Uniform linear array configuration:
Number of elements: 12
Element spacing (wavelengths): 0.75
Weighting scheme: uniform
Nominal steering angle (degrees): -60
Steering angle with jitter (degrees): -59.533
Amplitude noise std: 0.05
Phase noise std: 0.05

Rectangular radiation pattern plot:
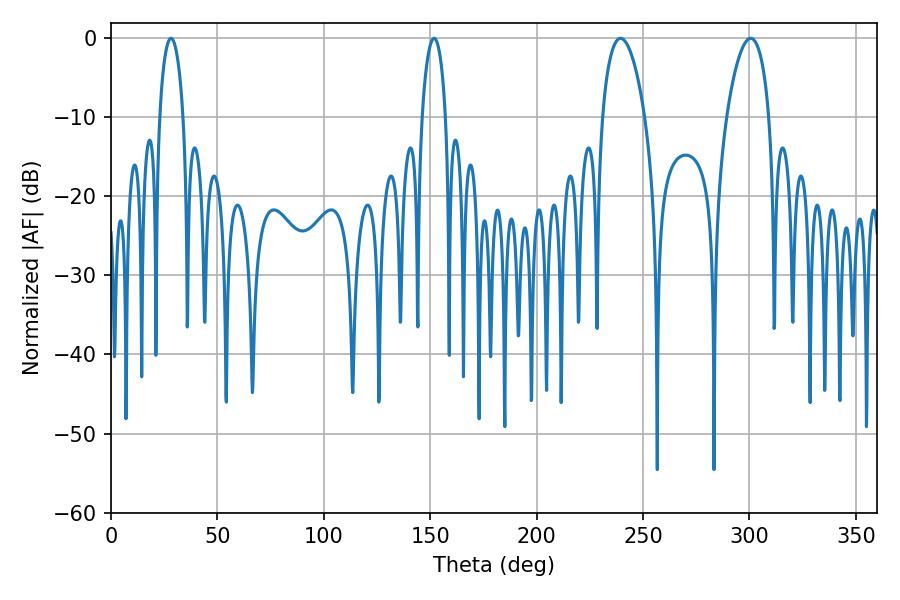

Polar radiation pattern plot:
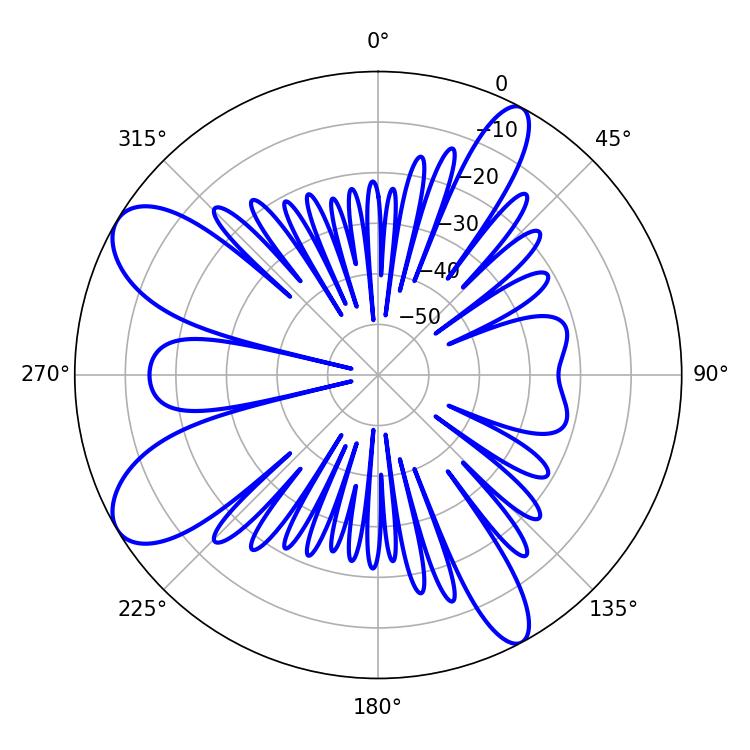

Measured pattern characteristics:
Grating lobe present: TRUE
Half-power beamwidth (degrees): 11.34
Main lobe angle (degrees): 300.6